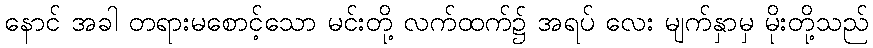
နောင် အခါ တရားမစောင့်သော မင်းတို့ လက်ထက်၌ အရပ် လေး မျက်နှာမှ မိုးတို့သည်